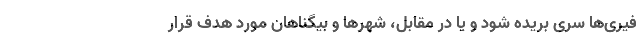
فیری‌ها سری بریده شود و یا در مقابل، شهرها و بیگناهان مورد هدف قرار